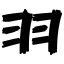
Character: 羽